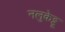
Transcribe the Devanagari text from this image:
नलुकेट्टू